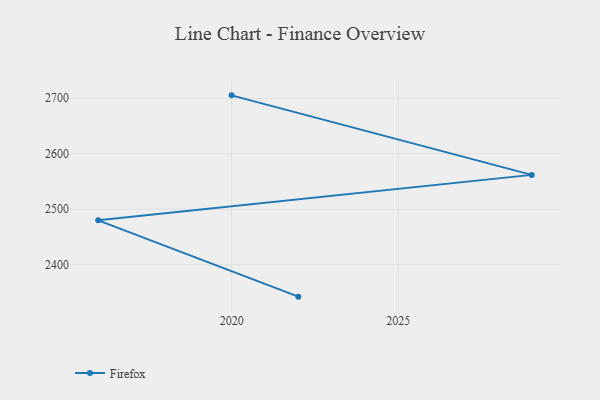
{"axis": {"x": "Year", "y": "Headcount"}, "legend": ["Firefox"], "data": [{"x": "2022", "y": 2342.5, "type": "Firefox"}, {"x": "2016", "y": 2480.0, "type": "Firefox"}, {"x": "2029", "y": 2561.9, "type": "Firefox"}, {"x": "2020", "y": 2705.2, "type": "Firefox"}]}